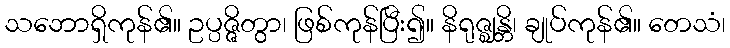
သဘောရှိကုန်၏။ ဥပ္ပဇ္ဇိတွာ၊ ဖြစ်ကုန်ပြီး၍။ နိရုဇ္ဈန္တိ၊ ချုပ်ကုန်၏။ တေသံ၊